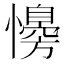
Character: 𢣔